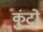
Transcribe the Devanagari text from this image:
कुंटो